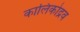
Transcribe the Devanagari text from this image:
कालिकोद्रव